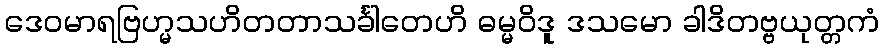
ဒေဝမာရဗြဟ္မသဟိတတာသင်္ခါတေဟိ ဓမ္မဝိဒူ ဒသမော ခါဒိတဗ္ဗယုတ္တကံ